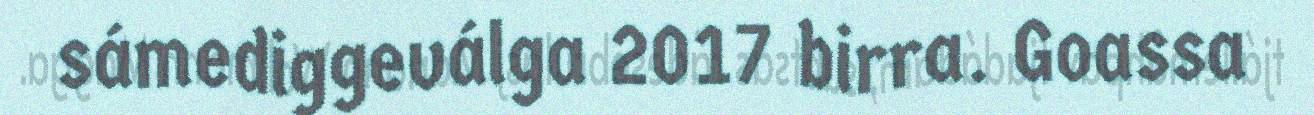
sámediggeválga 2017 birra. Goassa